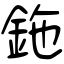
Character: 鉇